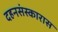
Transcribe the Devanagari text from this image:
दहनसंस्कारास